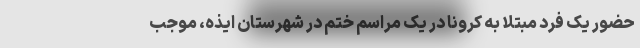
حضور یک فرد مبتلا به کرونا در یک مراسم ختم در شهرستان ایذه، موجب